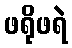
ဖရိုဖရဲ